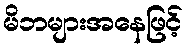
မိဘများအနေဖြင့်